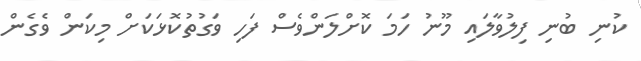
ކުނި ބުނި ފިލުވާލައި މޫނު ހަމަ ކޮށްލަންވެސް ފަހި ވަގުތުކޮޅަކަށް މިކަން ވެގެން